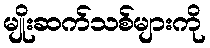
မျိုးဆက်သစ်များကို